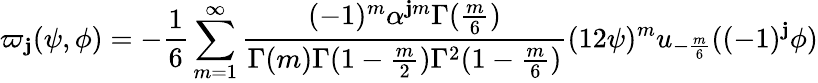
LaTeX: \varpi_{\mathbf{j}}(\psi,\phi)=-\frac{{1}}{{6}}\sum_{m=1}^{\infty}\frac{{(-1)^{m}\alpha^{\mathbf{j}m}\Gamma(\frac{{m}}{{6}})}}{{\Gamma(m)\Gamma(1-\frac{{m}}{{2}})\Gamma^{2}(1-\frac{{m}}{{6}})}}(12\psi)^{m}u_{-\frac{{m}}{{6}}}((-1)^{\mathbf{j}}\phi)